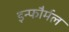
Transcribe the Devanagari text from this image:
इन्फौर्मल